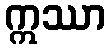
ဣဿာ